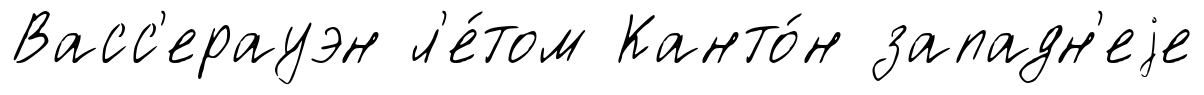
Васс'ерауэн л'е́том Канто́н западн'еjе